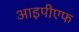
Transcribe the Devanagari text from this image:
आइपीएफ